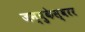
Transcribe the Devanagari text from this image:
जम्बुकेस्वरर